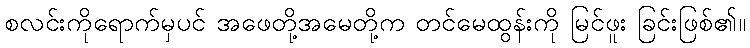
စလင်းကိုရောက်မှပင် အဖေတို့အမေတို့က တင်မေထွန်းကို မြင်ဖူး ခြင်းဖြစ်၏။